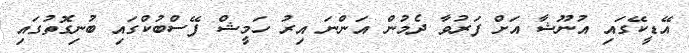
އޭޑީކޭގައި އުނޫޝާ އަށް ފަރުވާ ދެމުން އަންނަ އިރު ހަމީޝް ފޭސްބުކްގައި ބުނިގޮތުގައި